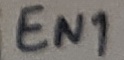
Text: EN1